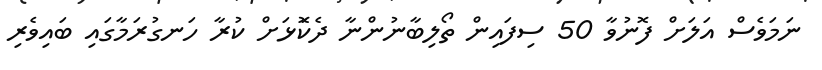
ނަމަވެސް އަލަށް ފޮނުވާ 50 ސިފައިން ތޯލިބާނުންނާ ދެކޮަޅަށް ކުރާ ހަނގުރަމާގައި ބައިވެރި